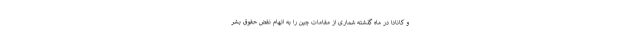
و کانادا در ماه گذشته شماری از مقامات چین را به اتهام نقض حقوق بشر